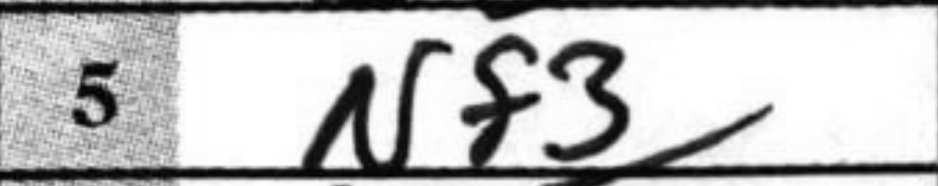
Transcription: Nf3